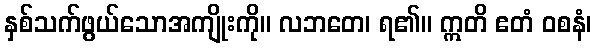
နှစ်သက်ဖွယ်သောအကျိုးကို။ လဘတေ၊ ရ၏။ ဣတိ ဧတံ ဝစနံ၊